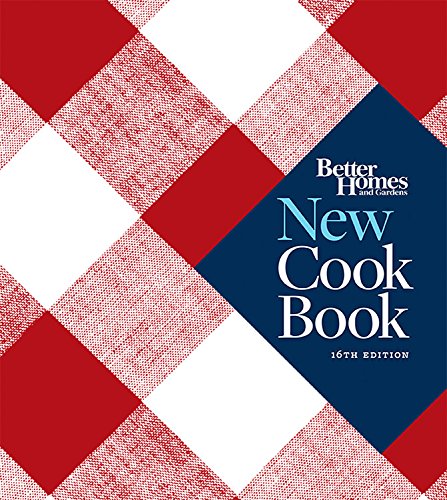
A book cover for Better Homes and Gardens New Cook Book, Sixteenth Edition (Better Homes and Gardens Plaid); Better Homes and Gardens; Cookbooks, Food & Wine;